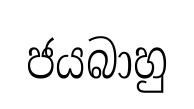
ජයබාහු